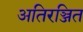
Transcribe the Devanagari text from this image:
अतिरञ्जित